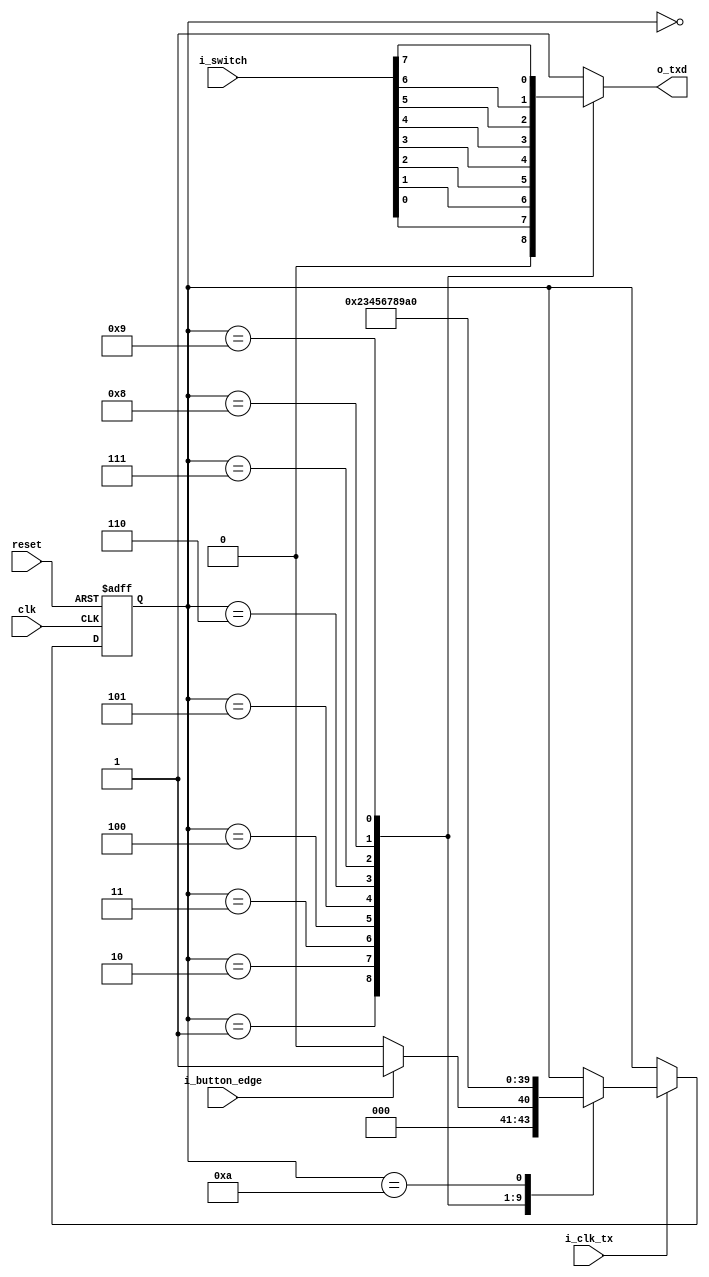
module UART_TX(
    input           clk,
    input           reset,
    input           i_clk_tx,
    input           i_button_edge,
    input   [7:0]   i_switch,
    output  reg     o_txd
);

parameter           IDLE    = 0,
                    START   = 1,
                    D0      = 2,
                    D1      = 3,
                    D2      = 4,
                    D3      = 5,
                    D4      = 6,
                    D5      = 7,
                    D6      = 8,
                    D7      = 9,
                    STOP    = 10;
reg     [3:0]       tx_state, next_tx_state;

//state logic
always@(posedge clk or negedge reset)begin
    if(~reset)
        tx_state <= IDLE;
    else if(i_clk_tx)
        tx_state <= next_tx_state;
end

//state output & nextstate logic
always@(*)begin
    o_txd = 1'b1;
    next_tx_state = tx_state;

    case(tx_state)
    IDLE    :   begin
        if(i_button_edge)begin
            o_txd = 1'b1;
            next_tx_state = START;
        end
        else begin
            o_txd = 1'b1;
            next_tx_state = IDLE;
        end
    end
    START   :   begin
        o_txd = 1'b0;
        next_tx_state = D0;
    end
    D0      :   begin
        o_txd = i_switch[0];
        next_tx_state = D1;
    end
    D1      :   begin
        o_txd = i_switch[1];
        next_tx_state = D2;
    end
    D2      :   begin
        o_txd = i_switch[2];
        next_tx_state = D3;
    end
    D3      :   begin
        o_txd = i_switch[3];
        next_tx_state = D4;
    end
    D4      :   begin
        o_txd = i_switch[4];
        next_tx_state = D5;
    end
    D5      :   begin
        o_txd = i_switch[5];
        next_tx_state = D6;
    end
    D6      :   begin
        o_txd = i_switch[6];
        next_tx_state = D7;
    end
    D7      :   begin
        o_txd = i_switch[7];
        next_tx_state = STOP;
    end
    STOP    :   begin
        o_txd = 1'b1;
        next_tx_state = IDLE;
    end
    endcase
end

endmodule